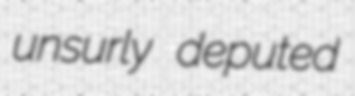
unsurly deputed